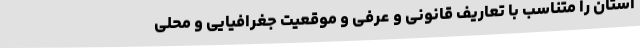
استان را متناسب با تعاریف قانونی و عرفی و موقعیت جغرافیایی و محلی